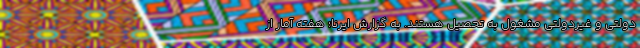
دولتی و غیردولتی مشغول به تحصیل هستند. به گزارش ایرنا؛ هفته آمار از